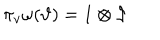
\pi _ { v } \omega ( \vartheta ) = 1 \otimes \vartheta